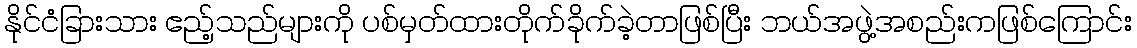
နိုင်ငံခြားသား ဧည့်သည်များကို ပစ်မှတ်ထားတိုက်ခိုက်ခဲ့တာဖြစ်ပြီး ဘယ်အဖွဲ့အစည်းကဖြစ်ကြောင်း